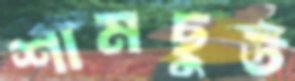
শামছুত